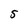
Character: 5